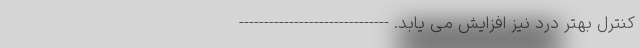
کنترل بهتر درد نیز افزایش می یابد. ------------------------------